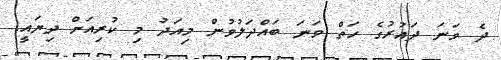
ދެ ވަނަ ދައުރުގެ ހަތް ވަނަ ބައްދަލުވުން މިއަދު މި ކުރިއަށް ދިޔައީ.